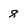
Character: 8